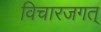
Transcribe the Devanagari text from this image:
विचारजगत्‌